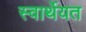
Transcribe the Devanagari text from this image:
स्वार्थेयत